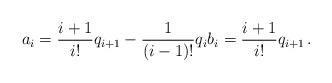
LaTeX: \begin{align*}a_i = \frac{i+1}{i!} q_{i+1} - \frac{1}{(i-1)!}q_i b_i = \frac{i+1}{i!} q_{i+1} \,.\end{align*}